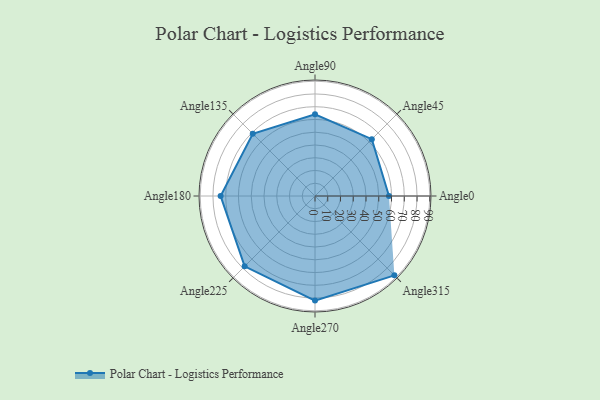
{"axis": {"x": "Angle", "y": "Radius"}, "legend": [""], "data": [{"x": "Angle0", "y": 58.0, "type": ""}, {"x": "Angle45", "y": 63.0, "type": ""}, {"x": "Angle90", "y": 64.0, "type": ""}, {"x": "Angle135", "y": 69.0, "type": ""}, {"x": "Angle180", "y": 74.0, "type": ""}, {"x": "Angle225", "y": 78.0, "type": ""}, {"x": "Angle270", "y": 82.0, "type": ""}, {"x": "Angle315", "y": 88.0, "type": ""}]}